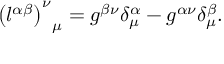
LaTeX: { \left( l ^ { \alpha \beta } \right) ^ { \nu } } _ { \mu } = g ^ { \beta \nu } \delta _ { \mu } ^ { \alpha } - g ^ { \alpha \nu } \delta _ { \mu } ^ { \beta } .